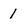
Character: 1